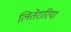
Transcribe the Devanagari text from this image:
लितेरारिया